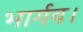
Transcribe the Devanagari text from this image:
भार्गव।